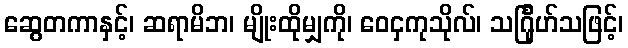
ဆွေတကာနှင့်၊ ဆရာမိဘ၊ မျိုးထိုမျှကို၊ ဝေငှကုသိုလ်၊ သင်္ဂြုဟ်သဖြင့်၊